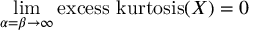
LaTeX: \operatorname* { l i m } _ { \alpha = \beta \to \infty } \operatorname { e x c e s s \ k u r t o s i s } ( X ) = 0